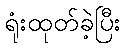
ရုံးထုတ်ခဲ့ပြီး